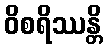
ဝိစရိဿန္တိ